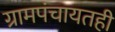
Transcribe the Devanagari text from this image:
ग्रामपंचायतही